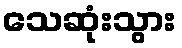
သေဆုံးသွား